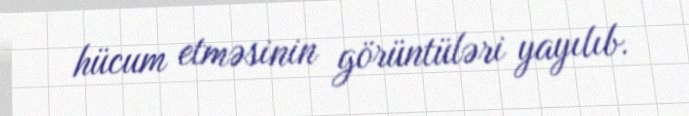
hücum etməsinin görüntüləri yayılıb.